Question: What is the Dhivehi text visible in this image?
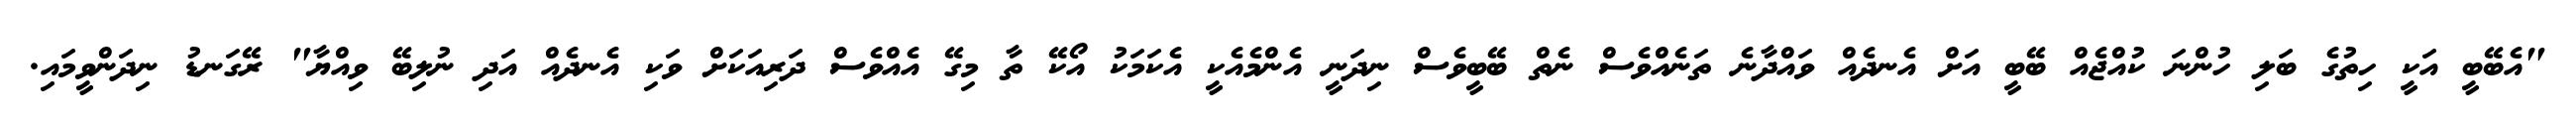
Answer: "އެބޭބީ އަކީ ހިތުގެ ބަލި ހުންނަ ކުއްޖެއް ބޭބީ އަށް އެނދެއް ވައްދާނެ ތަނެއްވެސް ނެތް ބޭބީވެސް ނިދަނީ އެންމެއެކީ އެކަމަކު އޯކޭ ތާ މިގޭ އެއްވެސް ދަރިއަކަށް ވަކި އެނދެއް އަދި ނުލިބޭ ވިއްޔާ" ރޭގަނޑު ނިދަންވީމައި.